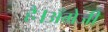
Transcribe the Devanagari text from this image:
है।अँग्रेजी